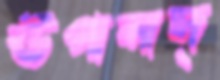
উপলদ্